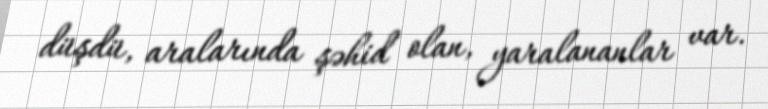
düşdü, aralarında şəhid olan, yaralananlar var.